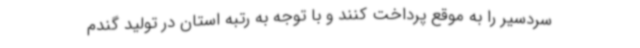
سردسیر را به موقع پرداخت کنند و با توجه به رتبه استان در تولید گندم